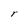
Character: r